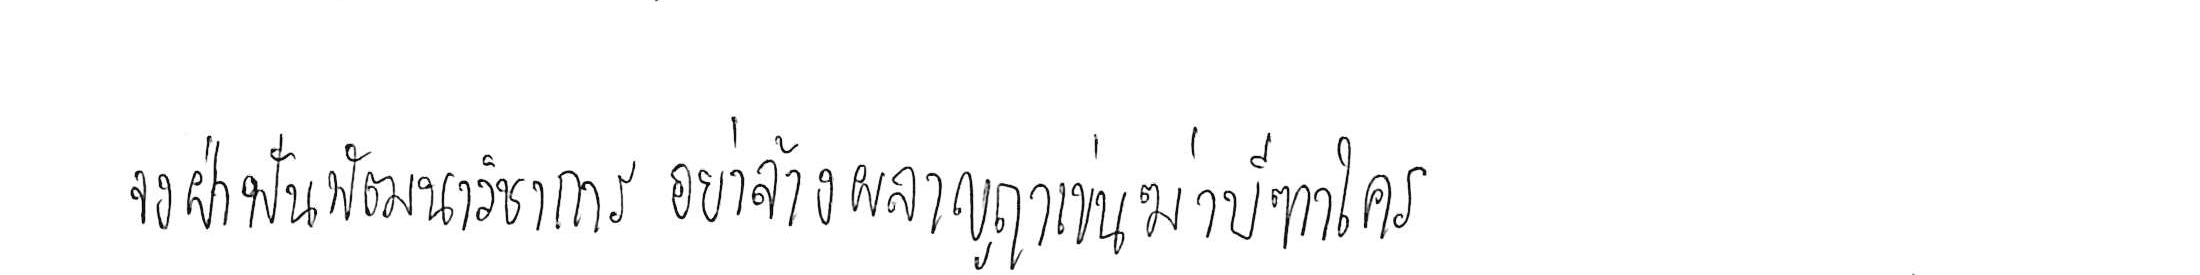
จงฝ่าฟันพัฒนาวิชาการ อย่าล้างผลาญฤๅเข่นฆ่าบีฑาใคร